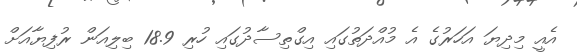
އެއީ މިދިޔަ އަހަރުގެ އެ މުއްދަތުގައި އިގްތިސާދުގައި ހުރި 18.9 ބިލިއަން ރުފިޔާއަށް